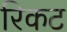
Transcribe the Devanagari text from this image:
रिकट